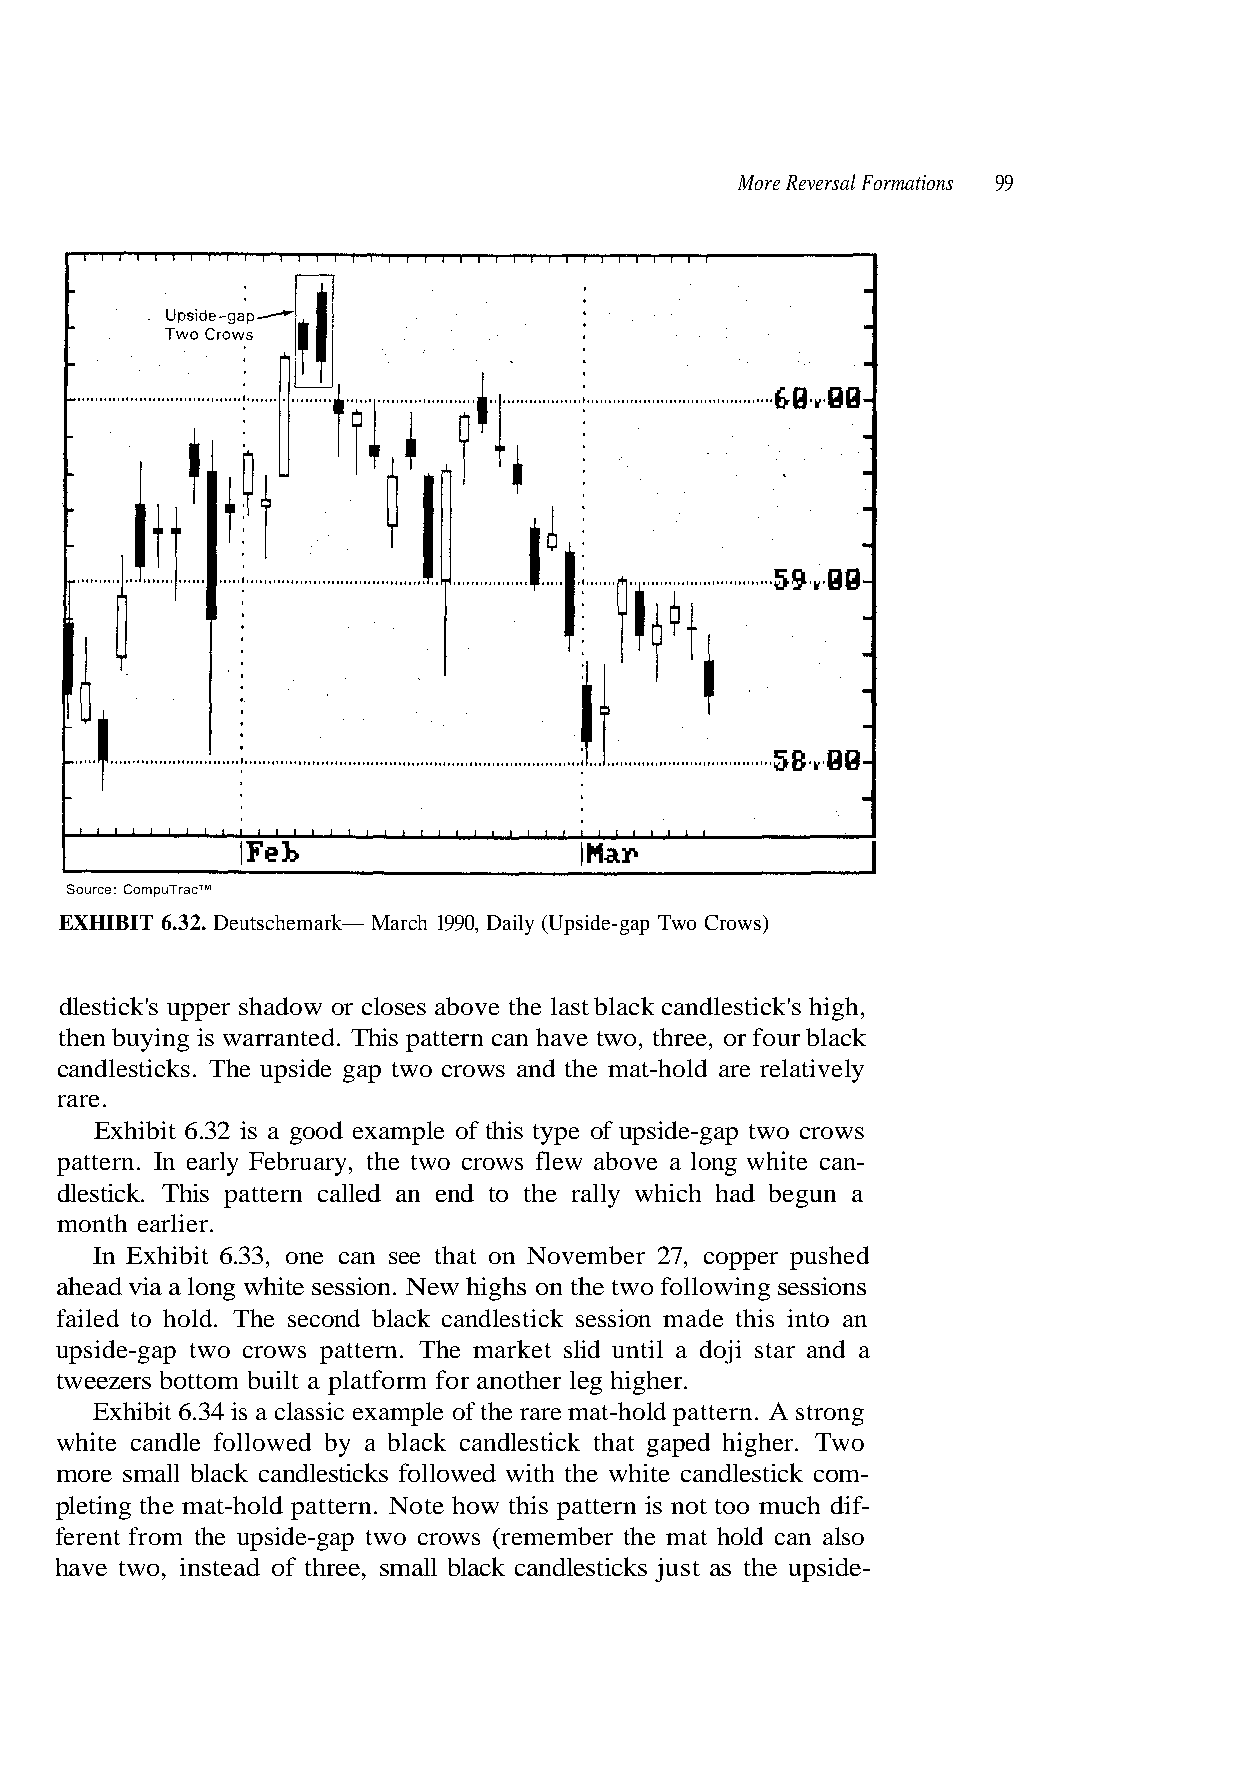
More Reversal Formations 99
 then buying is warranted. This pattern can have two, three, or four black
 candlesticks. The upside gap two crows and the mat-hold are relatively
 rare.
 dlestick. This pattern called an end to the rally which had begun a
 month earlier.
 In Exhibit 6.33, one can see that on November 27, copper pushed
 upside-gap two crows pattern. The market slid until a doji star and a
 white candle followed by a black candlestick that gaped higher. Two
 ferent from the upside-gap two crows (remember the mat hold can also
 have two, instead of three, small black candlesticks just as the upside-
 , h g i h s ' k c i t s e l d n a c k c
 g
 a
 n
 -
 l
 o
 if
 b
 r
 d
 st
 A st
 ch
 a
 s
 mu
 l
 n
 .
 o
 n
 e
 i
 r
 o
 h
 ws
 n-
 ss
 e
 o
 a
 e
 t
 t
 bove t
 p two cro
 ng white c
 ollowing s
 hold pat
 rn is not
 s a
 e-ga
 a lo
 wo f
 mat-
 atte
 or close
 ype of upsid
 s flew above
 ghs on the t
 higher.
 f the rare
 how this p
 Source: CompuTrac™
 EXHIBIT 6.32. Deutschemark— March 1990, Daily (Upside-gap Two Crows)
 dlestick's upper shadow
 xhibit 6.32 is a good example of this t
 pattern. In early February, the two crow
 ahead via a long white session. New hi
 failed to hold. The second black candlestick session made this into an
 tweezers bottom built a platform for another leg
 xhibit 6.34 is a classic example o
 more small black candlesticks followed with the white candlestick com-
 pleting the mat-hold pattern. Note
 E
 E